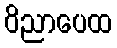
ဝိညာပေထ